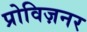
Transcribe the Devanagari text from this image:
प्रोविज़नर